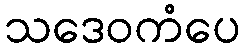
သဒေဝကံပေ